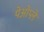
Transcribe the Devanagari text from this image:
पेओप्ले